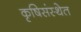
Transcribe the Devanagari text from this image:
कृषिसंस्थेत